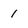
Character: 1